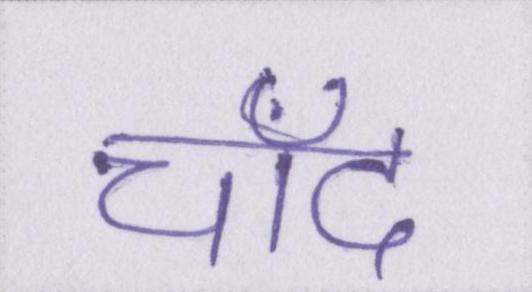
चाँद